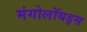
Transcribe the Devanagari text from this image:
मंगोलॉयड्स